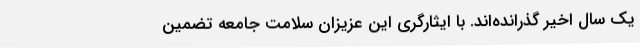
یک سال اخیر گذرانده‌اند. با ایثارگری این عزیزان سلامت جامعه تضمین